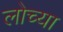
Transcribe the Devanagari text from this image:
लोच्या